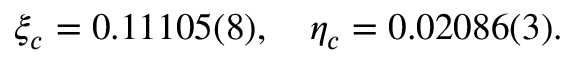
\xi _ { c } = 0 . 1 1 1 0 5 ( 8 ) , \quad \eta _ { c } = 0 . 0 2 0 8 6 ( 3 ) .